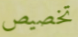
تخصيص